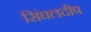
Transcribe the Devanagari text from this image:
सिंघलदीप